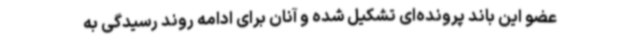
عضو این باند پرونده‌ای تشکیل شده و آنان برای ادامه روند رسیدگی به